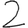
Digit: 2